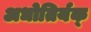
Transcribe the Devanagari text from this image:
अधोतिर्यक्‌